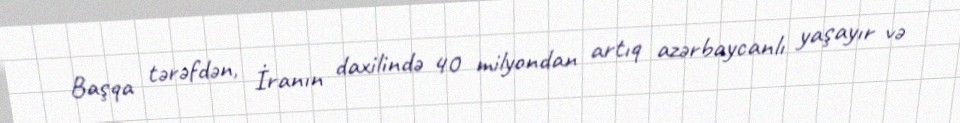
Başqa tərəfdən, İranın daxilində 40 milyondan artıq azərbaycanlı yaşayır və